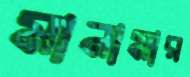
মানামার